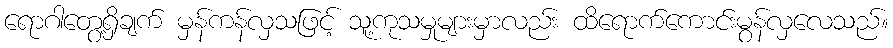
ရောဂါတွေ့ရှိချက် မှန်ကန်လှသဖြင့် သူ့ကုသမှုများမှာလည်း ထိရောက်ကောင်းမွန်လှလေသည်။